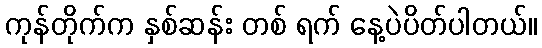
ကုန်တိုက်က နှစ်ဆန်း တစ် ရက် နေ့ပဲပိတ်ပါတယ်။